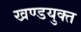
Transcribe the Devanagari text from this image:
खण्डयुक्त